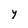
Character: y